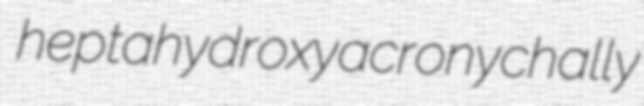
heptahydroxy acronychally